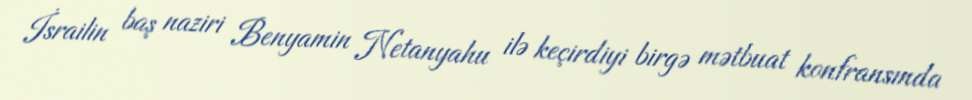
İsrailin baş naziri Benyamin Netanyahu ilə keçirdiyi birgə mətbuat konfransında